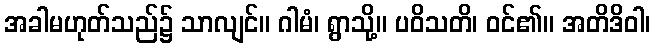
အခါမဟုတ်သည်၌ သာလျင်။ ဂါမံ၊ ရွာသို့။ ပဝိသတိ၊ ဝင်၏။ အတိဒိဝါ၊